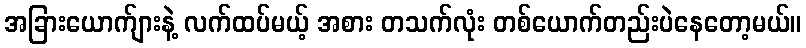
အခြားယောက်ျားနဲ့ လက်ထပ်မယ့် အစား တသက်လုံး တစ်ယောက်တည်းပဲနေတော့မယ်။